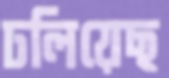
ঢলিয়েছ